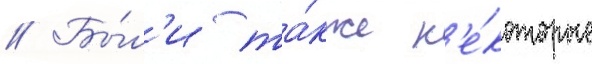
// Бы́л'и та́кже н'е́которые